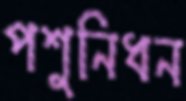
পশুনিধন